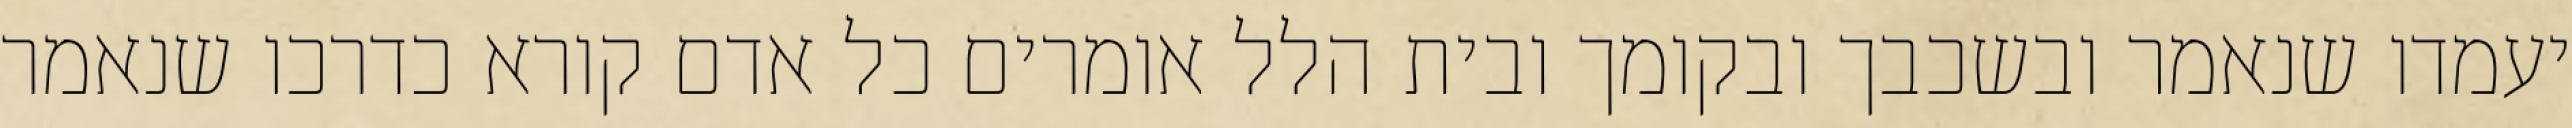
יעמדו שנאמר ובשכבך ובקומך ובית הלל אומרים כל אדם קורא כדרכו שנאמר